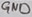
Text: GND